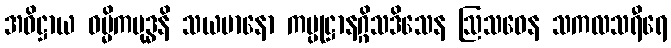
အဓိဋ္ဌာယ ဝမ္မိကမုဒ္ဓနိ သယမာနော ကပ္ပုဋ္ဌာနဂ္ဂိသဒိသေန ဩသဓေန သကလသရီရေ